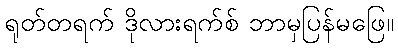
ရုတ်တရက် ဒိုလားရက်စ် ဘာမှပြန်မဖြေ။